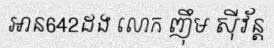
អាន642ដង លោក ញ៉ឹម ស៊ីវ័ន្ត